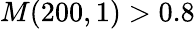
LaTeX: M(200,1)>0.8